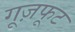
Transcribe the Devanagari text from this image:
गूज़फूट